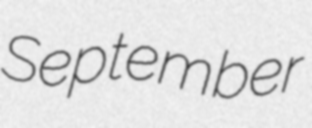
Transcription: September